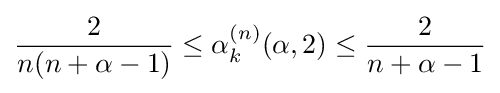
{\frac {2}{n(n+\alpha -1)}}\leq \alpha _{k}^{(n)}(\alpha ,2)\leq {\frac {2}{n+\alpha -1}}